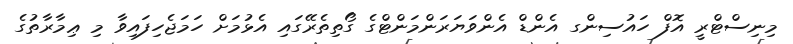
މިނިސްޓްރީ އޮފް ހައުސިންގ އެންޑް އެންވަޔަރަންމަންޓްގެ ގޯތިތެރޭގައި އެޅުމަށް ހަމަޖެހިފައިވާ މި ޢިމާރާތުގެ